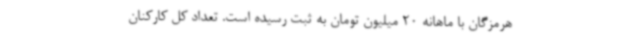
هرمزگان با ماهانه 20 میلیون تومان به ثبت رسیده است. تعداد کل کارکنان